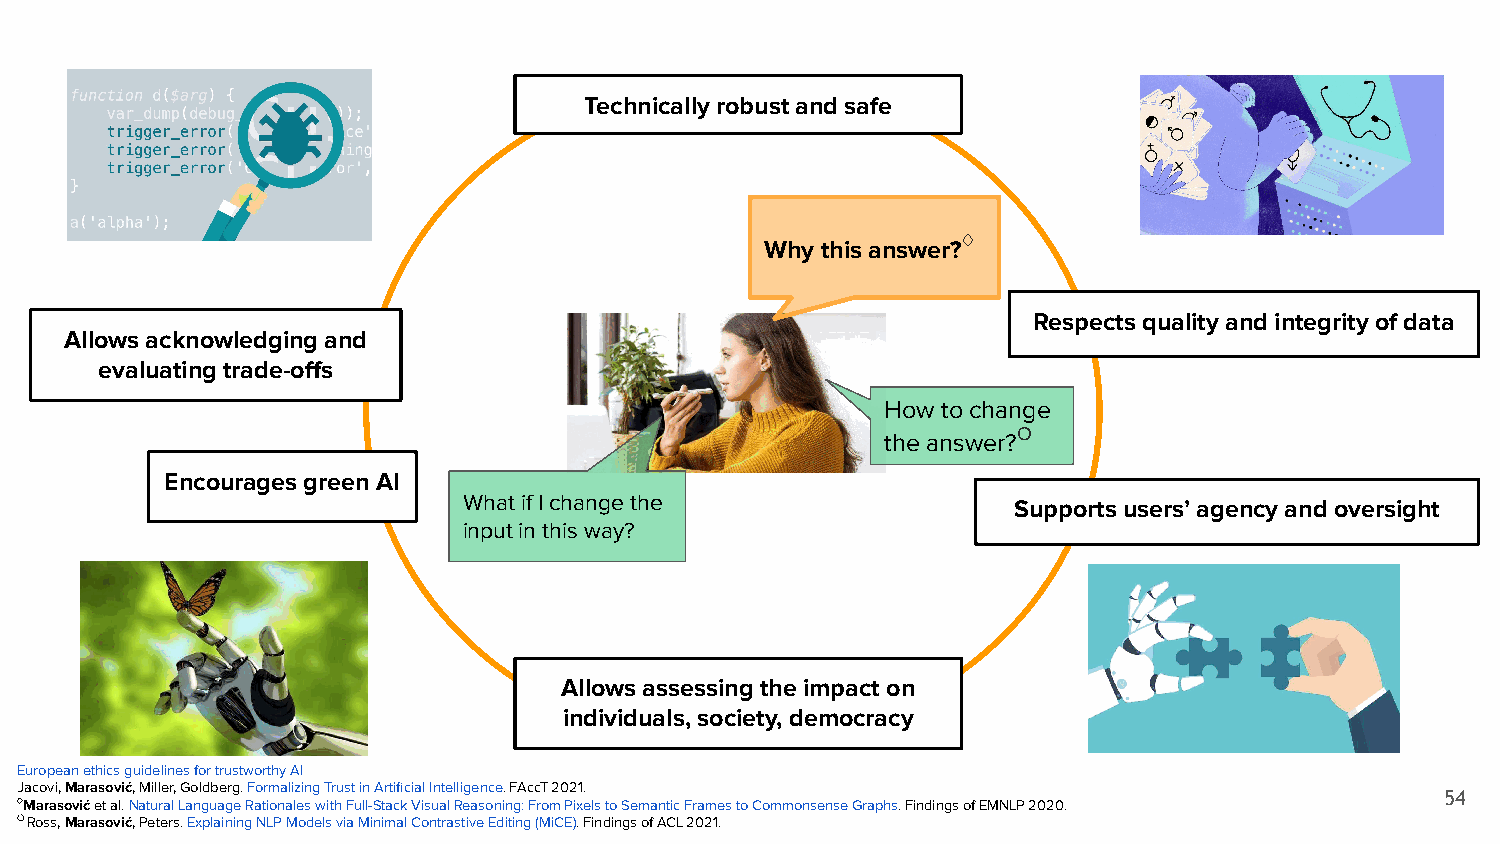
Technically robust and safe
 ♢
 Why this answer?
 Respects quality and integrity of data
 Allows acknowledging and
 evaluating trade-offs
 How to change
 O
 the answer?
 Encourages green AI
 What if I change the                Supports users’ agency and oversight
 input in this way?
 Allows assessing the impact on
 individuals, society, democracy
 European ethics guidelines for trustworthy AI
 Jacovi, Marasović, Miller, Goldberg. Formalizing Trust in Artificial Intelligence. FAccT 2021.
 54
 ♢Marasović et al. Natural Language Rationales with Full-Stack Visual Reasoning: From Pixels to Semantic Frames to Commonsense Graphs. Findings of EMNLP 2020.
 O Ross, Marasović, Peters. Explaining NLP Models via Minimal Contrastive Editing (MiCE). Findings of ACL 2021.